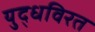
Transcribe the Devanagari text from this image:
युद्धविरत